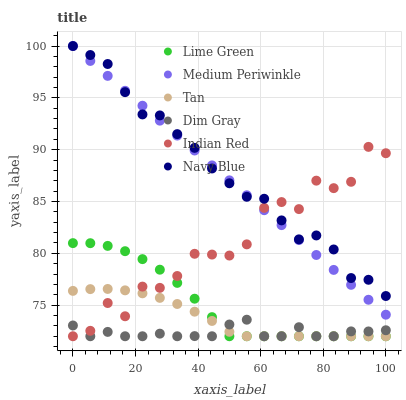
| xaxis_label | Lime Green | Medium Periwinkle | Tan | Dim Gray | Indian Red | Navy Blue |
 | --- | --- | --- | --- | --- | --- | --- |
 | 0 | 81 | 100 | 76.4 | 73 | 72 | 100 |
 | 5.56 | 81 | 98.6 | 76.5 | 72 | 72.5 | 99.1 |
 | 11.1 | 80.7 | 97.1 | 76.6 | 72.4 | 75.2 | 98.3 |
 | 16.7 | 80.2 | 95.7 | 76.4 | 72 | 73.9 | 95.5 |
 | 22.2 | 79.4 | 94.2 | 76.1 | 72 | 76.8 | 93.4 |
 | 27.8 | 78.4 | 92.8 | 75.7 | 72.3 | 76.7 | 93.3 |
 | 33.3 | 77.1 | 91.4 | 75.1 | 72 | 77.8 | 91.5 |
 | 38.9 | 75.6 | 89.9 | 74.4 | 72 | 80 | 90.2 |
 | 44.4 | 73.8 | 88.5 | 73.5 | 72 | 79.9 | 88.2 |
 | 50 | 72 | 87 | 72.4 | 73.1 | 79.8 | 86.8 |
 | 55.6 | 72 | 85.6 | 72 | 73.6 | 80.9 | 85.5 |
 | 61.1 | 72 | 84.2 | 72 | 72 | 84.4 | 85.3 |
 | 66.7 | 72 | 82.7 | 72 | 72 | 84.9 | 83.2 |
 | 72.2 | 72 | 81.3 | 72 | 72.9 | 84.3 | 81.3 |
 | 77.8 | 72 | 79.8 | 72 | 72 | 87 | 81.7 |
 | 83.3 | 72 | 78.4 | 72 | 72 | 86.3 | 80.4 |
 | 88.9 | 72 | 77 | 72 | 72.5 | 86.9 | 77.6 |
 | 94.4 | 72 | 75.5 | 72 | 72.5 | 90.3 | 77.4 |
 | 100 | 72 | 74.1 | 72 | 72.6 | 89.7 | 75.9 |